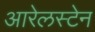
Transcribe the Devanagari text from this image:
आरेलस्टेन